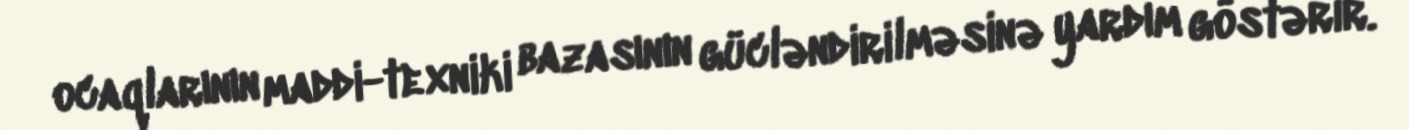
ocaqlarının maddi-texniki bazasının gücləndirilməsinə yardım göstərir.